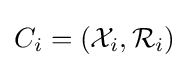
C_{i}=({\mathcal {X}}_{i},{\mathcal {R}}_{i})